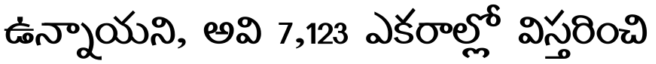
ఉన్నాయని, అవి 7,123 ఎకరాల్లో విస్తరించి